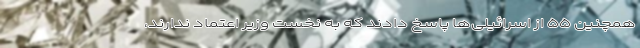
همچنین ۵۵ از اسرائیلی‌ها پاسخ دادند که به نخست وزیر اعتماد ندارند،